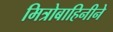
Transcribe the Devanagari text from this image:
मित्रोबाहिनीने